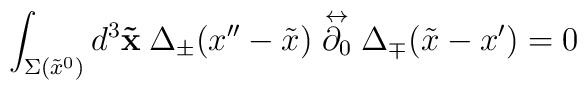
\int_{\Sigma(\tilde{x}^0)} d^3 {\bf \tilde{x}} \hspace{0.25em}\Delta_{\pm}(x''-\tilde{x}) \stackrel{\leftrightarrow}{\partial_0}\Delta_{\mp}(\tilde{x}-x') =0